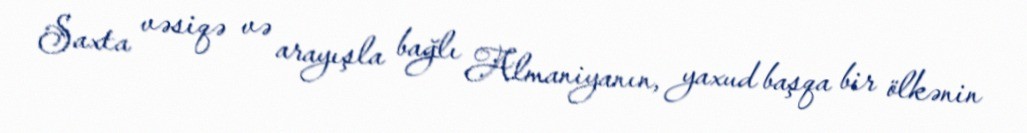
Saxta vəsiqə və arayışla bağlı Almaniyanın, yaxud başqa bir ölkənin